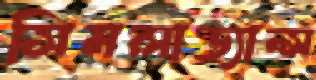
সিমলাড্যান্স